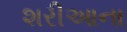
શરીઆના